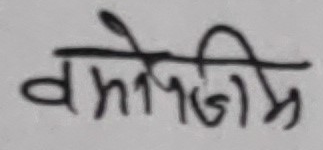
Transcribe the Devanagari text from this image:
वमो जिम